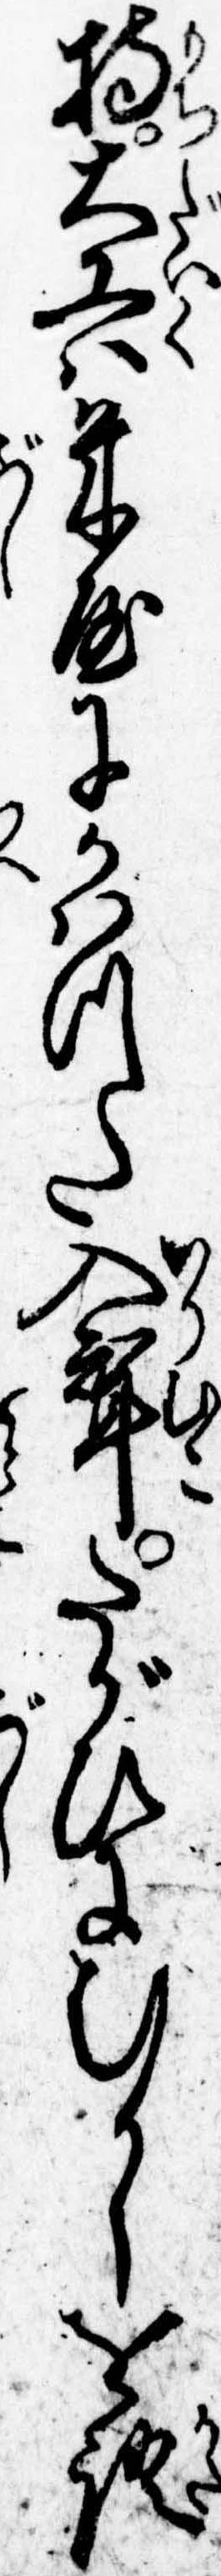
持大工は米屋にかはつた入婿たがひにむかしを語